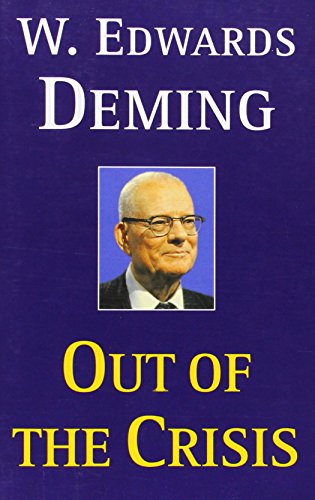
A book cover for Out of the Crisis; W. Edwards Deming; Engineering & Transportation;